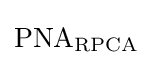
{\text{PNA}}_{\text{RPCA}}